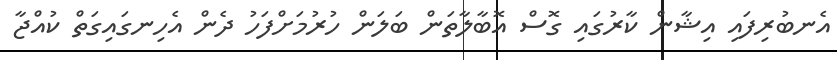
އެނބުރިފައި އިޝާން ކާރުގައި ގޮސް އޮބާލާތަން ބަލަން ހުރުމަށްފަހު ދެން އެހިނގައިގަތް ކުއްޖާ